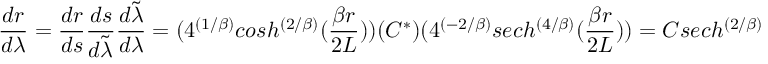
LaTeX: { \frac { d r } { d \lambda } } = { \frac { d r } { d s } } { \frac { d s } { d \widetilde { \lambda } } } { \frac { d \widetilde { \lambda } } { d \lambda } } = ( 4 ^ { ( 1 / \beta ) } c o s h ^ { \left( { 2 / \beta } \right) } ( { \frac { \beta r } { 2 L } } ) ) ( C ^ { * } ) ( 4 ^ { ( - 2 / \beta ) } s e c h ^ { \left( { 4 / \beta } \right) } ( { \frac { \beta r } { 2 L } } ) ) = C s e c h ^ { \left( { 2 / \beta } \right) } ( { \frac { \beta r } { 2 L } } ) ,